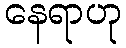
နေရာဟု